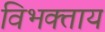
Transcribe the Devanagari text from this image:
विभक्ताय